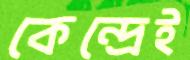
কেন্দ্রেই